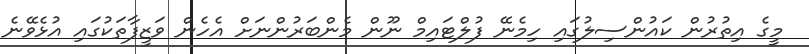
މީގެ އިތުރުން ކައުންސިލުގައި ހިމެނޭ ފުލްޓައިމް ނޫން މެންބަރުންނަށް އެހެން ވަޒީފާތަކުގައި އުޅެވޭނެ